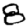
Digit: 8